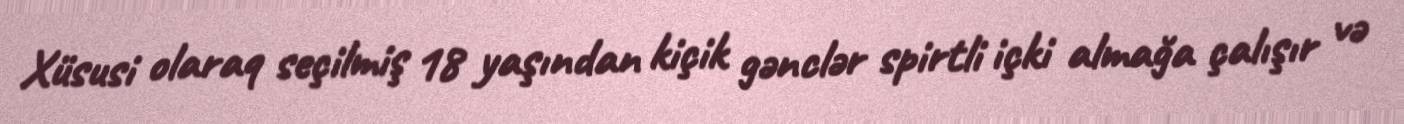
Xüsusi olaraq seçilmiş 18 yaşından kiçik gənclər spirtli içki almağa çalışır və